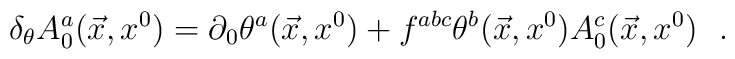
\delta_\theta A^a_0(\vec{x},x^0)=\partial_0\theta^a(\vec{x},x^0)+f^{abc}\theta^b(\vec{x},x^0)A^c_0(\vec{x},x^0)\ \ .